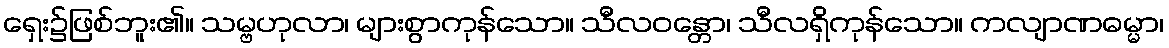
ရှေး၌ဖြစ်ဘူး၏။ သမ္ဗဟုလာ၊ များစွာကုန်သော။ သီလဝန္တော၊ သီလရှိကုန်သော။ ကလျာဏဓမ္မာ၊